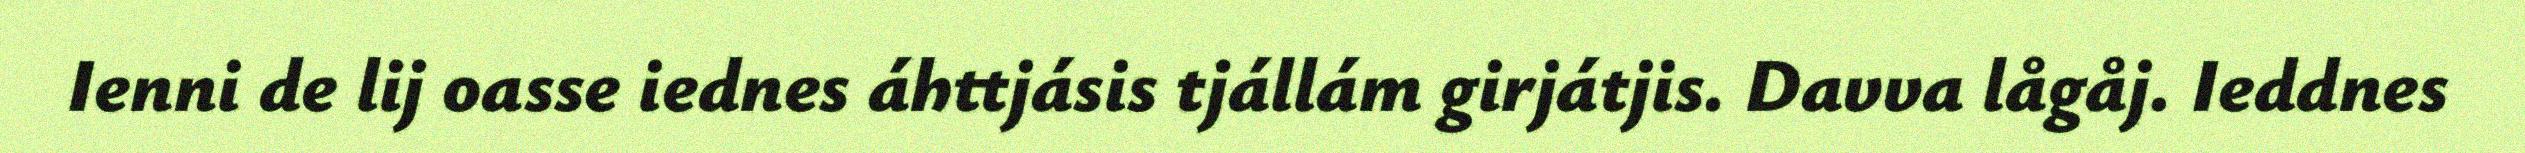
Ienni de lij oasse iednes áhttjásis tjállám girjátjis. Davva lågåj. Ieddnes